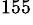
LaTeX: ^{155}